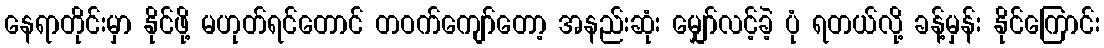
နေရာတိုင်းမှာ နိုင်ဖို့ မဟုတ်ရင်တောင် တဝက်ကျော်တော့ အနည်းဆုံး မျှော်လင့်ခဲ့ ပုံ ရတယ်လို့ ခန့်မှန်း နိုင်ကြောင်း